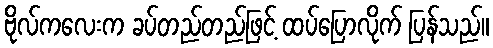
ဗိုလ်ကလေးက ခပ်တည်တည်ဖြင့် ထပ်ပြောလိုက် ပြန်သည်။